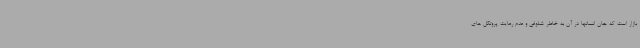
بازار است که جان انسانها در آن به خاطر شلوغی و عدم رعایت پروتکل های